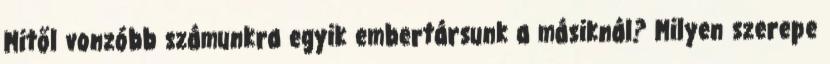
Mitől vonzóbb számunkra egyik embertársunk a másiknál? Milyen szerepe